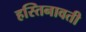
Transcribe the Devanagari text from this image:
हस्तिनावती